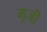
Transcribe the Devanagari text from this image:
मूजी